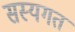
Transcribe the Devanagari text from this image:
सस्यगत